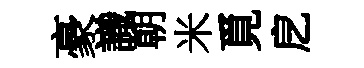
豪識朝米覓戹